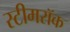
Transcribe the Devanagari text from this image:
स्टीमरॉक